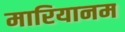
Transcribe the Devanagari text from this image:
मारियानम